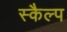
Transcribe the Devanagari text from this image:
स्कैल्प